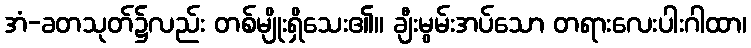
အံ-ခတသုတ်၌လည်း တစ်မျိုးရှိသေး၏။ ချီးမွမ်းအပ်သော တရားလေးပါးဂါထာ၊